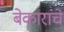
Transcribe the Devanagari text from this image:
बेकारांचे